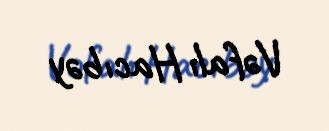
Vəfalı Hacıbəy